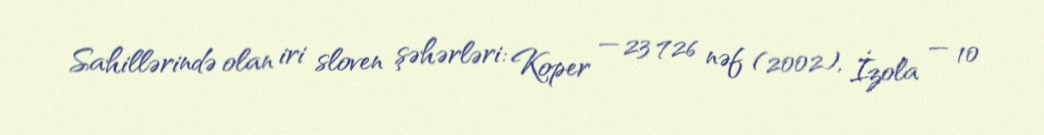
Sahillərində olan iri sloven şəhərləri: Koper — 23 726 nəf (2002), İzola — 10